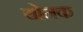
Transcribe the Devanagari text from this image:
योनक